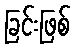
ခြင်းဖြစ်